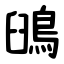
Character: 䳎